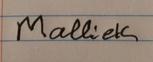
Signature authenticity: forged